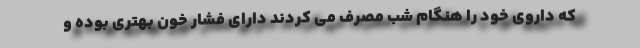
که داروی خود را هنگام شب مصرف می کردند دارای فشار خون بهتری بوده و